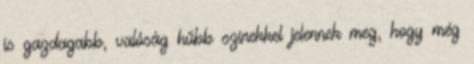
is gazdagabb, valóság hűbb színekkel jelennek meg, hogy még